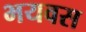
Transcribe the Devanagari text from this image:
भयवस